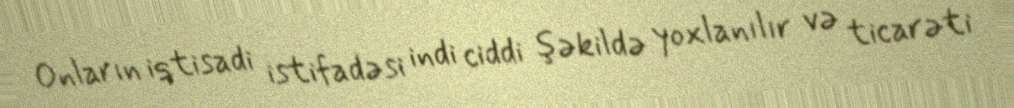
Onların iqtisadi istifadəsi indi ciddi şəkildə yoxlanılır və ticarəti